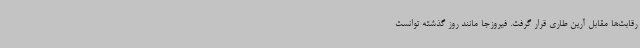
رقابت‌ها مقابل آرین طاری قرار گرفت. فیروزجا مانند روز گذشته توانست